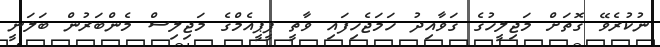
ނުކުރެވޭ ގޮތަށް މަޖިލީހުގެ ގަވާއިދު ހަމަޖެހިފައި ވާތީ ޕީޕީއެމްގެ މަޖިލިސް މެންބަރުން ބަލަނީ